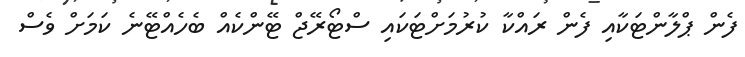
ފެން ޕްލާންޓަކާއި ފެން ރައްކާ ކުރުމަށްޓަކައި ސްޓޯރޭޖް ޓޭންކެއް ބެހެއްޓޭނެ ކަމަށް ވެސް